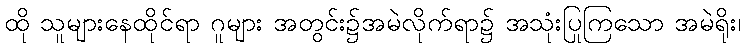
ထို သူများနေထိုင်ရာ ဂူများ အတွင်း၌အမဲလိုက်ရာ၌ အသုံးပြုကြသော အမဲရိုး၊